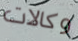
وكالات